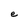
Character: e